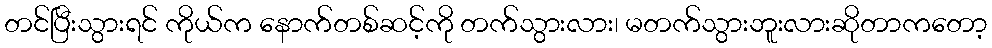
တင်ပြီးသွားရင် ကိုယ်က နောက်တစ်ဆင့်ကို တက်သွားလား၊ မတက်သွားဘူးလားဆိုတာကတော့